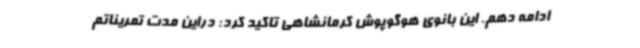
ادامه دهم. این بانوی هوگوپوش کرمانشاهی تاکید کرد: دراین مدت تمریناتم